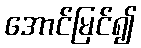
အောင်မြင်၍